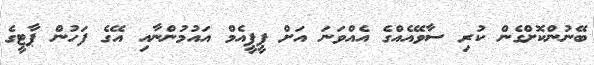
ބޭނުންކޮށްގެން ކުރި ސާވޭއެއްގެ އެއްވަނަ އަށް ޕީޕީއެމް އައުމުންނާއި އޭގެ ފަހުން ޕާޓީގެ